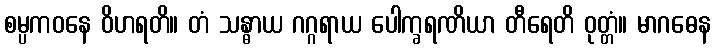
စမ္ပကဝနေ ဝိဟရတိ။ တံ သန္ဓာယ ဂဂ္ဂရာယ ပေါက္ခရဏိယာ တီရေတိ ဝုတ္တံ။ မာဂဓေန